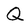
Character: Q